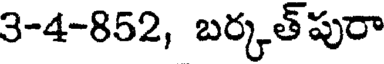
3-4-852, బర్కత్పురా